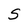
Character: S